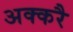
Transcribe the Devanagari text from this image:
अक्करै